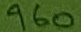
Text: 960